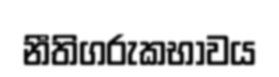
නීතිගරුකභාවය